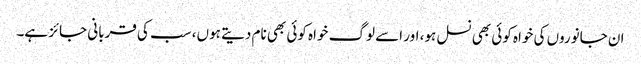
ان جانوروں کی خواہ کوئی بھی نسل ہو، اور اسے لوگ خواہ کوئی بھی نام دیتے ہوں، سب کی قربانی جائز ہے۔